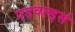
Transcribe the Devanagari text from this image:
एडवर्ल्ड्स